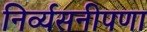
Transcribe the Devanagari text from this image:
निर्व्यसनीपणा